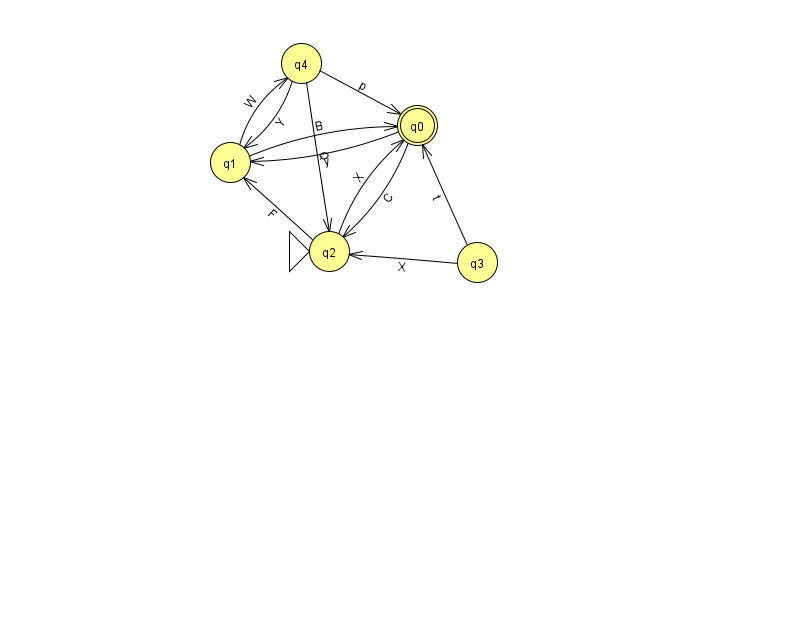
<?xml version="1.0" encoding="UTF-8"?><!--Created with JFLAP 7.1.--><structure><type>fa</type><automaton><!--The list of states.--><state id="0" name="q0"><x>417.0</x><y>112.0</y><final/></state><state id="1" name="q1"><x>230.0</x><y>149.0</y></state><state id="2" name="q2"><x>329.0</x><y>238.0</y><initial/></state><state id="3" name="q3"><x>477.0</x><y>249.0</y></state><state id="4" name="q4"><x>301.0</x><y>50.0</y></state><!--The list of transitions.--><transition><from>2</from><to>0</to><read>X</read></transition><transition><from>3</from><to>2</to><read>X</read></transition><transition><from>4</from><to>2</to><read>Q</read></transition><transition><from>1</from><to>0</to><read>B</read></transition><transition><from>3</from><to>0</to><read>t</read></transition><transition><from>4</from><to>1</to><read>Y</read></transition><transition><from>0</from><to>2</to><read>C</read></transition><transition><from>1</from><to>4</to><read>W</read></transition><transition><from>4</from><to>0</to><read>p</read></transition><transition><from>2</from><to>1</to><read>F</read></transition><transition><from>0</from><to>1</to><read>y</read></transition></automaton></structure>